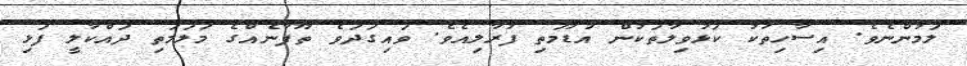
ލަމުންނެވެ. އިސާހިތަކު ކަޅުވިލާތަކުން އުޑުމަތި ފުރާލިއެވެ. ވައިގަދަވެ ތޫފާނެއްގެ މަލަމަތި ދައްކާލީ ފަޅި